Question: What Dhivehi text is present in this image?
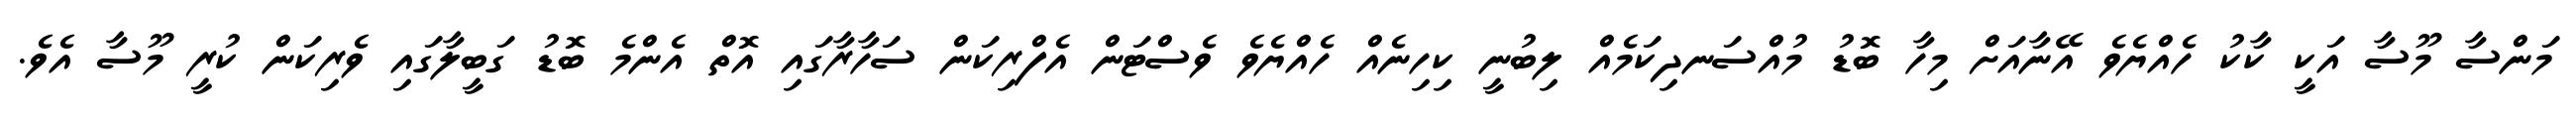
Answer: މަންސާ މޫސާ އަކީ ކާކު ހެއްޔެވެ އޭނާއަށް މިހާ ބޮޑު މުއްސަނދިކަމެއް ލިބުނީ ކިހިނެއް ހެއްޔެވެ ވެސްޓަން އެފްރިކަން ސަހާރާގައި އޮތް އެންމެ ބޮޑު ގަބީލާގައި ވެރިކަން ކުރީ މޫސާ އެވެ.